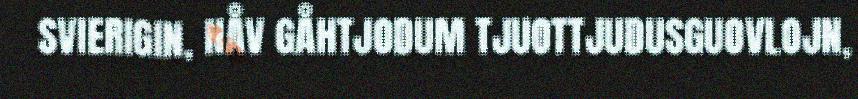
SVIERIGIN, NÅV GÅHTJODUM TJUOTTJUDUSGUOVLOJN,